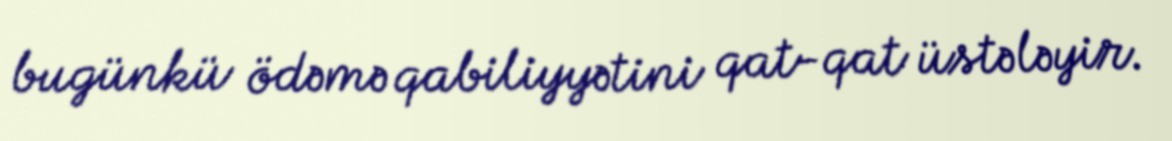
bugünkü ödəmə qabiliyyətini qat-qat üstələyir.